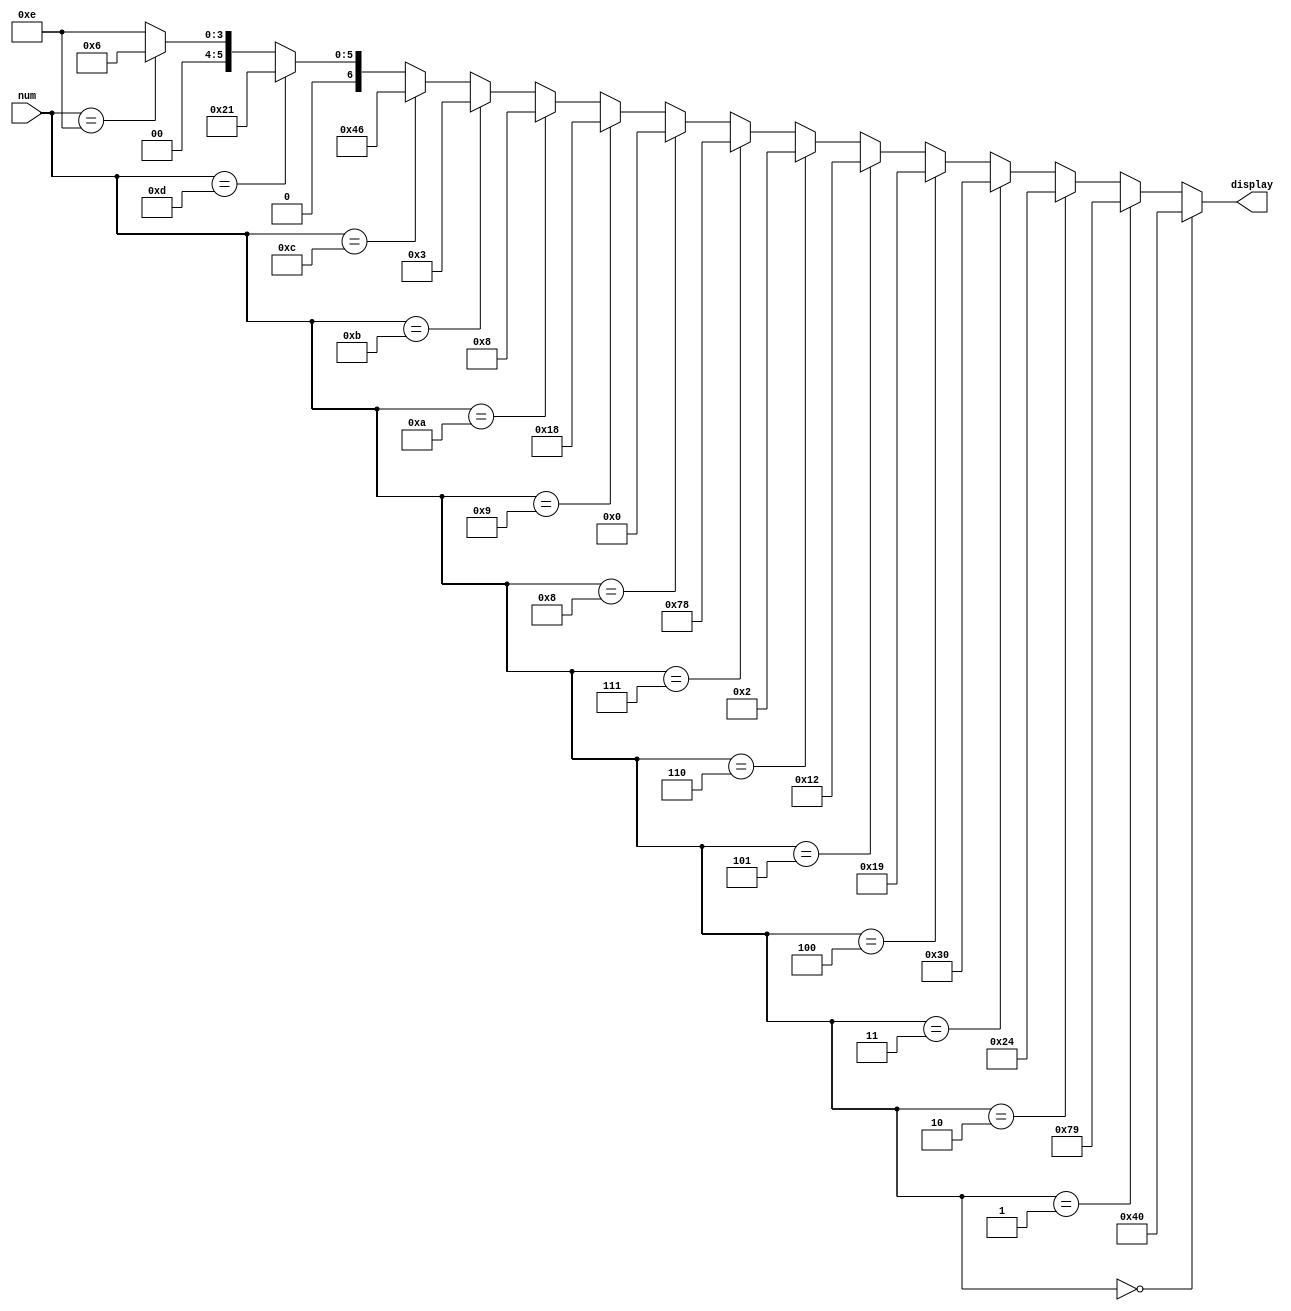
module hex27seg(num, display);
	input [3:0] num;
	output [6:0] display;
	assign display =
		num == 0 ? ~7'b0111111 :
		num == 1 ? ~7'b0000110 : 
		num == 2 ? ~7'b1011011 : 
		num == 3 ? ~7'b1001111 : 
		num == 4 ? ~7'b1100110 : 
		num == 5 ? ~7'b1101101 : 
		num == 6 ? ~7'b1111101 : 
		num == 7 ? ~7'b0000111 : 
		num == 8 ? ~7'b1111111 : 
		num == 9 ? ~7'b1100111 :
		num == 10 ? ~7'b1110111 :
		num == 11 ? ~7'b1111100 :
		num == 12 ? ~7'b0111001 :
		num == 13 ? ~7'b1011110 :
		num == 14 ? ~7'b1111001 :
						~7'b1110001;
endmodule